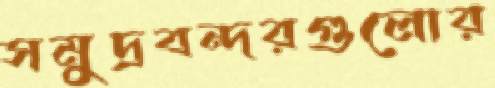
সমুদ্রবন্দরগুলোর